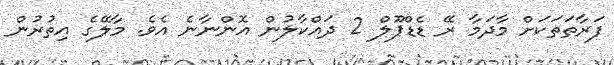
ފަރާތަތަކަށް މާދަމާ ރޭ ޑެޑްޕޫލް 2 ދައްކާލުން އޮންނާނެ އެވެ. މާލޭގެ އިތުރުން